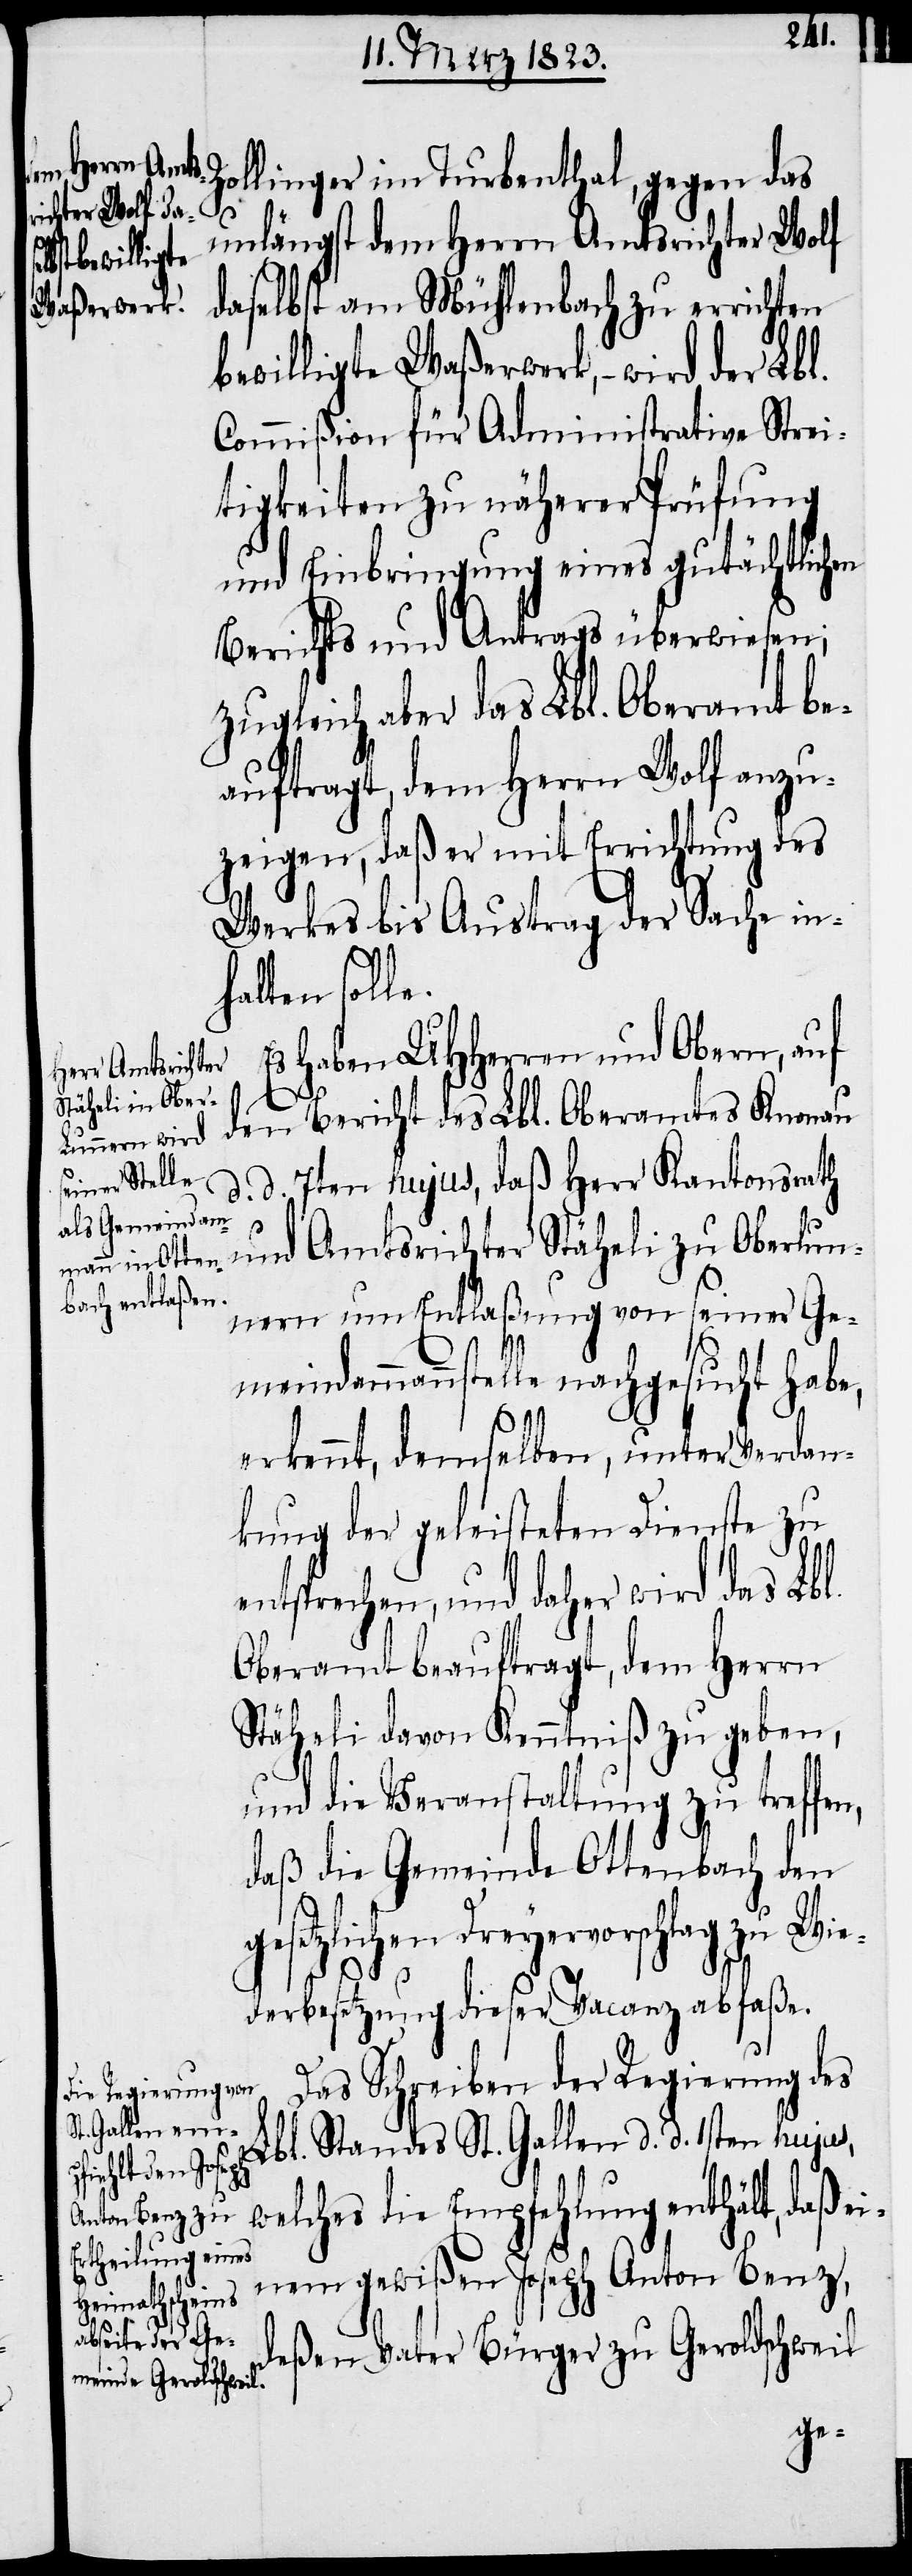
Zollinger im Turbenthal, gegen das
unlängst dem Herrn Amtsrichter Wolf
daselbst am Müllenbach zu errichten
bewilligte Waßerwerk, – wird der Lbl.
Commißion für Administrative Strei¬
tigkeiten zu näherer Prüfung
und Einbringung eines gutächtlichen
Berichts und Antrags überwiesen;
zugleich aber das Lbl. Oberamt be¬
auftragt, dem Herrn Wolf anzu¬
zeigen, daß er mit Errichtung des
Werkes bis Austrag der Sache in[n¬
alten solle.
Es haben UHHerren und Obern, auf
den Bericht des Lbl. Oberamtes Knonau
d. 7ten hujus, daß Herr Kantonsrath
und Amtsrichter Stäheli zu Oberlun¬
nern um Entlaßung von seiner Ge¬
meindammannstelle nachgesucht habe,
erkennt, demselben, unter Verdan¬
kung der geleisteten Dienste zu
entsprechen, und daher wird das Lbl.
Oberamt beauftragt, dem Herrn
Stäheli davon Kenntniß zu geben,
und die Veranstaltung zu treffen,
daß die Gemeinde Ottenbach den
gesetzlichen Dreyervorschlag zu Wie¬
d.
derbesetzung dieser Vacanz abfaße.
Das Schreiben der Regierung des
Lbl. Standes St. Gallen d. d. 1sten hujus,
welches die Empfehlung enthält, daß
einem gewißen Joseph Anton Benz,
deßen Vater Bürger zu Geroldschweil